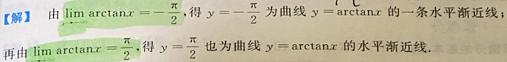
【解】由$\lim\limits_{x\to-\infty}\arctan x = -\frac{\pi}{2}$, 得$y = -\frac{\pi}{2}$为曲线$y = \arctan x$的一条水平渐近线;
再由$\lim\limits_{x\to+\infty}\arctan x=\frac{\pi}{2}$, 得$y = \frac{\pi}{2}$也为曲线$y = \arctan x$的水平渐近线.